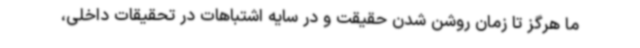
ما هرگز تا زمان روشن شدن حقیقت و در سایه اشتباهات در تحقیقات داخلی،